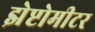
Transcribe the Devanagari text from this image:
झेप्टोमीटर